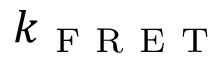
k _ { \mathrm { ~ F ~ R ~ E ~ T ~ } }